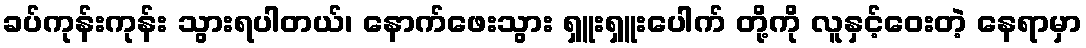
ခပ်ကုန်းကုန်း သွားရပါတယ်၊ နောက်ဖေးသွား ရှူးရှူးပေါက် တို့ကို လူနှင့်ဝေးတဲ့ နေရာမှာ